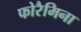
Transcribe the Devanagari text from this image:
फोरैमिना